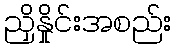
ညှိနှိုင်းအစည်း